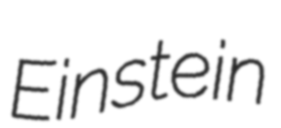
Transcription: Einstein